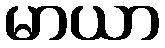
မာယာ